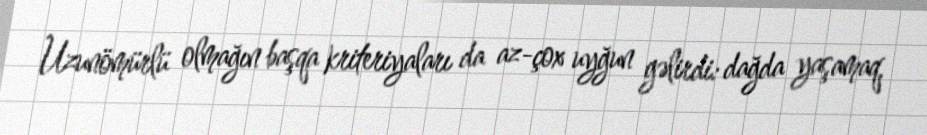
Uzunömürlü olmağın başqa kriteriyaları da az-çox uyğun gəlirdi: dağda yaşamaq,